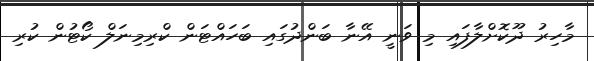
މާހިރު ދޫކޮށްލާފައި މި ވަނީ އޭނާ ބަންދުގައި ބަހައްޓަން ކްރިމިނަލް ކޯޓުން ކުރި